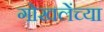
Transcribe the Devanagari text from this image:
गोखलेंच्या